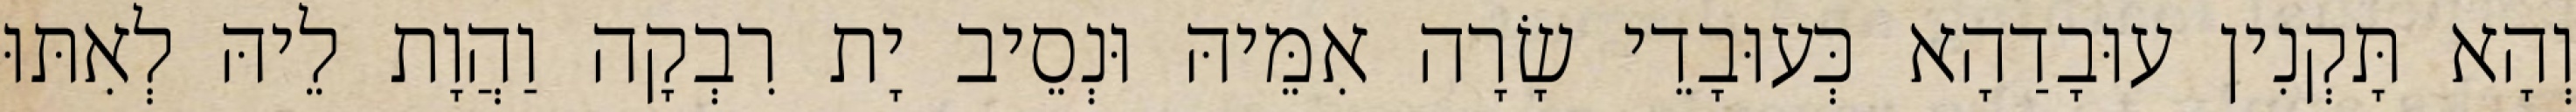
וְהָא תָּקְנִין עוּבָדַהָא כְּעוּבָדֵי שָׂרָה אִמֵּיהּ וּנְסֵיב יָת רִבְקָה וַהֲוָת לֵיהּ לְאִתּוּ